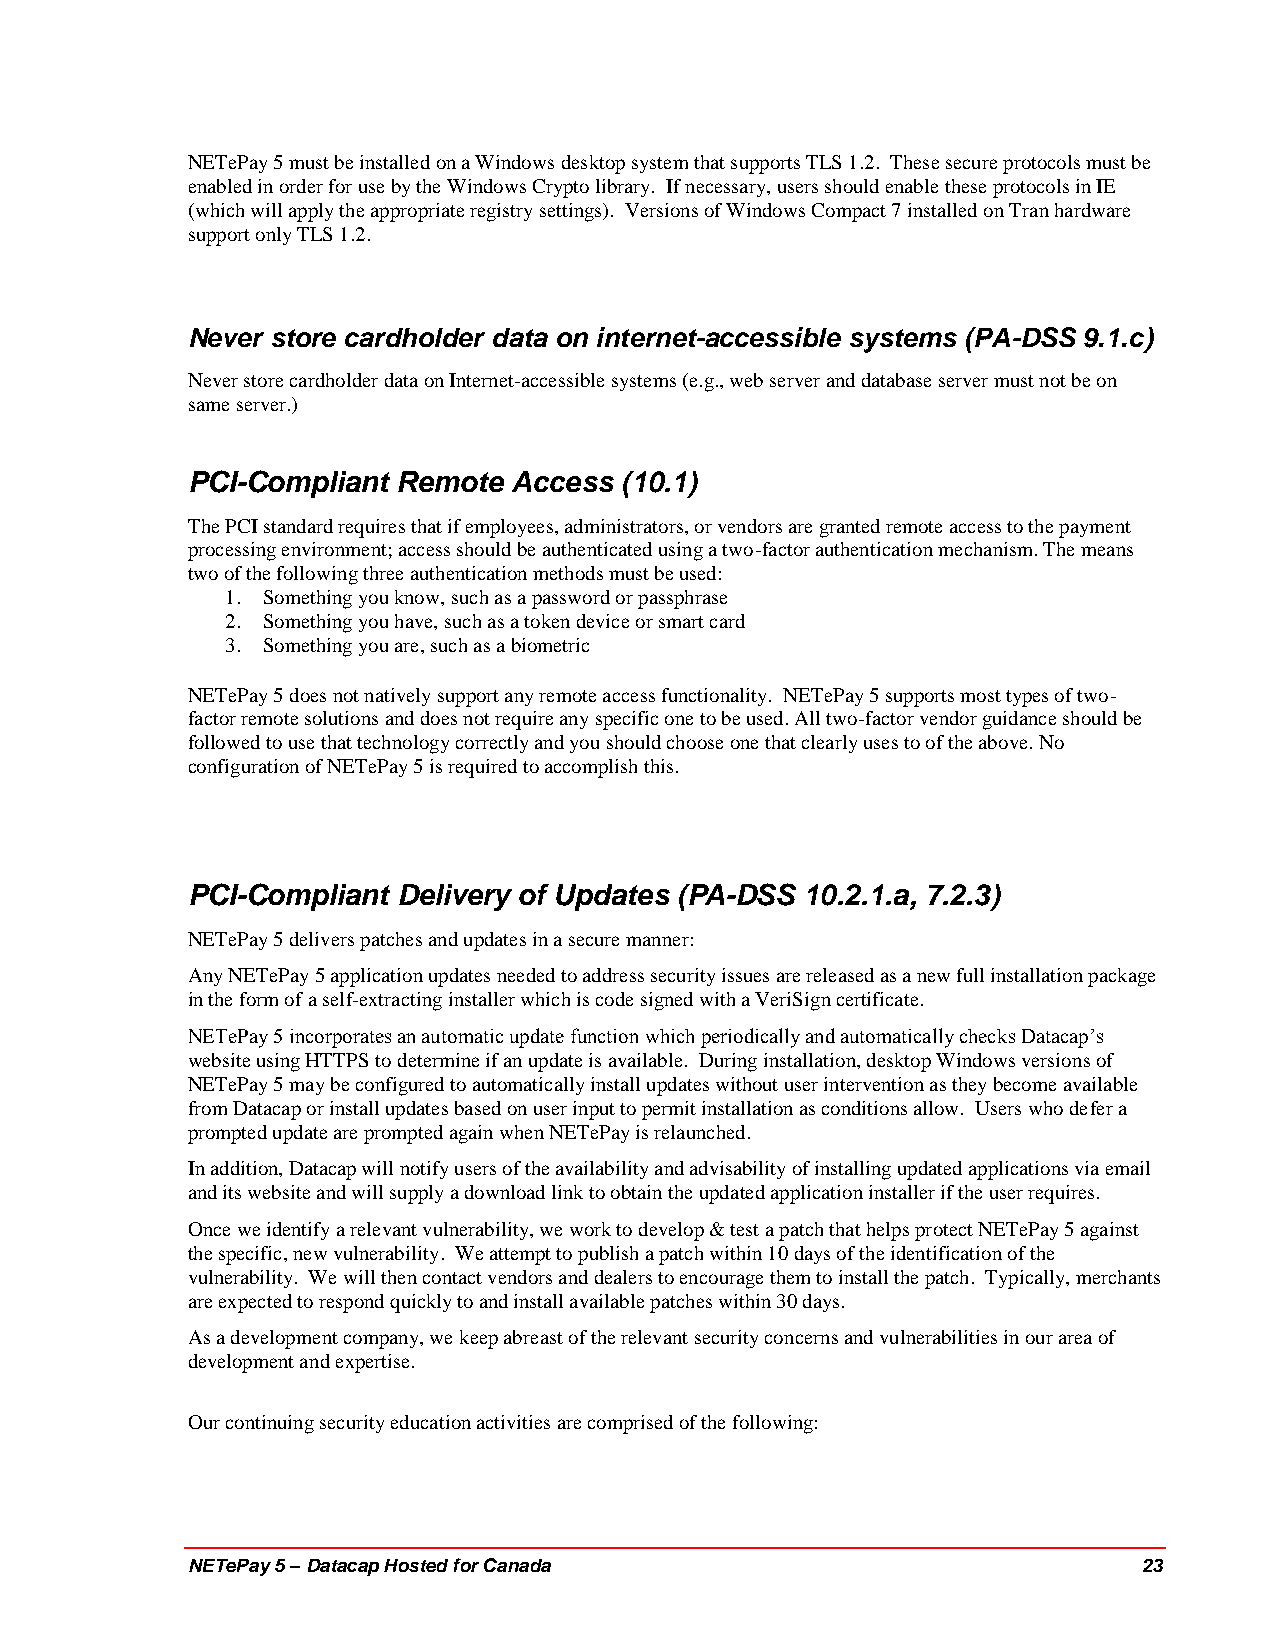
NETePay 5 must be installed on a Windows desktop system that supports TLS 1.2. These secure protocols must be
 enabled in order for use by the Windows Crypto library. If necessary, users should enable these protocols in IE
 (which will apply the appropriate registry settings). Versions of Windows Compact 7 installed on Tran hardware
 support only TLS 1.2.
 Never store cardholder data on internet-accessible systems (PA-DSS 9.1.c)
 Never store cardholder data on Internet-accessible systems (e.g., web server and database server must not be on
 same server.)
 PCI-Compliant Remote  Access (10.1)
 The PCI standard requires that if employees, administrators, or vendors are granted remote access to the payment
 processing environment; access should be authenticated using a two-factor authentication mechanism. The means
 two of the following three authentication methods must be used:
 1. Something you know, such as a password or passphrase
 2. Something you have, such as a token device or smart card
 3. Something you are, such as a biometric
 NETePay 5 does not natively support any remote access functionality. NETePay 5 supports most types of two-
 factor remote solutions and does not require any specific one to be used. All two-factor vendor guidance should be
 followed to use that technology correctly and you should choose one that clearly uses to of the above. No
 configuration of NETePay 5 is required to accomplish this.
 PCI-Compliant Delivery of Updates (PA-DSS 10.2.1.a, 7.2.3)
 NETePay 5 delivers patches and updates in a secure manner:
 Any NETePay 5 application updates needed to address security issues are released as a new full installation package
 in the form of a self-extracting installer which is code signed with a VeriSign certificate.
 NETePay 5 incorporates an automatic update function which periodically and automatically checks Datacap’s
 website using HTTPS to determine if an update is available. During installation, desktop Windows versions of
 NETePay 5 may be configured to automatically install updates without user intervention as they become available
 from Datacap or install updates based on user input to permit installation as conditions allow. Users who defer a
 prompted update are prompted again when NETePay is relaunched.
 In addition, Datacap will notify users of the availability and advisability of installing updated applications via email
 and its website and will supply a download link to obtain the updated application installer if the user requires.
 Once we identify a relevant vulnerability, we work to develop & test a patch that helps protect NETePay 5 against
 the specific, new vulnerability. We attempt to publish a patch within 10 days of the identification of the
 vulnerability. We will then contact vendors and dealers to encourage them to install the patch. Typically, merchants
 are expected to respond quickly to and install available patches within 30 days.
 As a development company, we keep abreast of the relevant security concerns and vulnerabilities in our area of
 development and expertise.
 Our continuing security education activities are comprised of the following:
 NETePay 5 – Datacap Hosted for Canada                           23